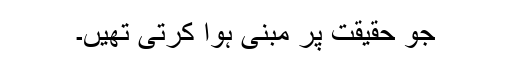
جو حقیقت پر مبنی ہوا کرتی تھیں۔